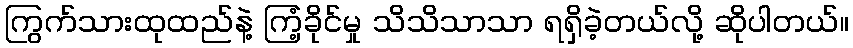
ကြွက်သားထုထည်နဲ့ ကြံ့ခိုင်မှု သိသိသာသာ ရရှိခဲ့တယ်လို့ ဆိုပါတယ်။